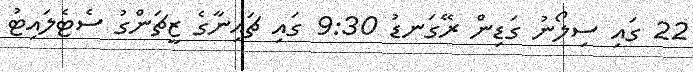
22 ގައި ސިލޯނު ގަޑިން ރޭގަނޑު 9:30 ގައި ޗައިނާގެ ޒީޗަންގު ސެޓެލައިޓު